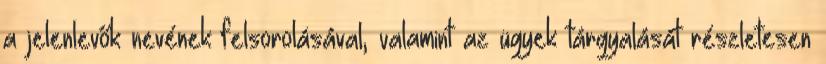
a jelenlevők nevének felsorolásával, valamint az ügyek tárgyalását részletesen